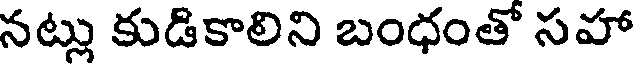
నట్లు కుడికాలిని బంధంతో సహా